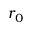
r _ { 0 }